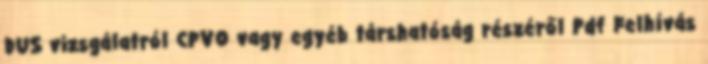
DUS vizsgálatról CPVO vagy egyéb társhatóság részéről Pdf Felhívás